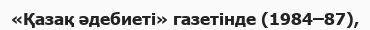
«Қазақ әдебиеті» газетінде (1984–87),